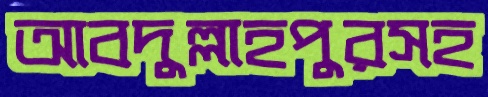
আবদুল্লাহপুরসহ